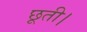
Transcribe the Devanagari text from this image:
छूती।